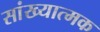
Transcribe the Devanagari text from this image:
सांख्यात्मक